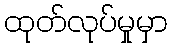
ထုတ်လုပ်မှုမှာ